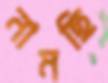
নামছি